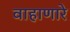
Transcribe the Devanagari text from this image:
वाहाणारे